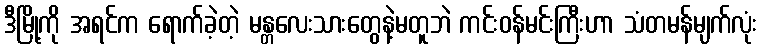
ဒီမြို့ကို အရင်က ရောက်ခဲ့တဲ့ မန္တလေးသားတွေနဲ့မတူဘဲ ကင်းဝန်မင်းကြီးဟာ သံတမန်မျက်လုံး